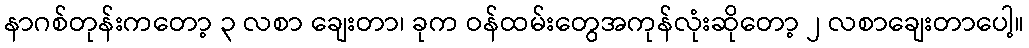
နာဂစ်တုန်းကတော့ ၃ လစာ ချေးတာ၊ ခုက ဝန်ထမ်းတွေအကုန်လုံးဆိုတော့ ၂ လစာချေးတာပေါ့။